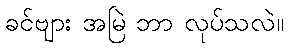
ခင်ဗျား အမြဲ ဘာ လုပ်သလဲ။